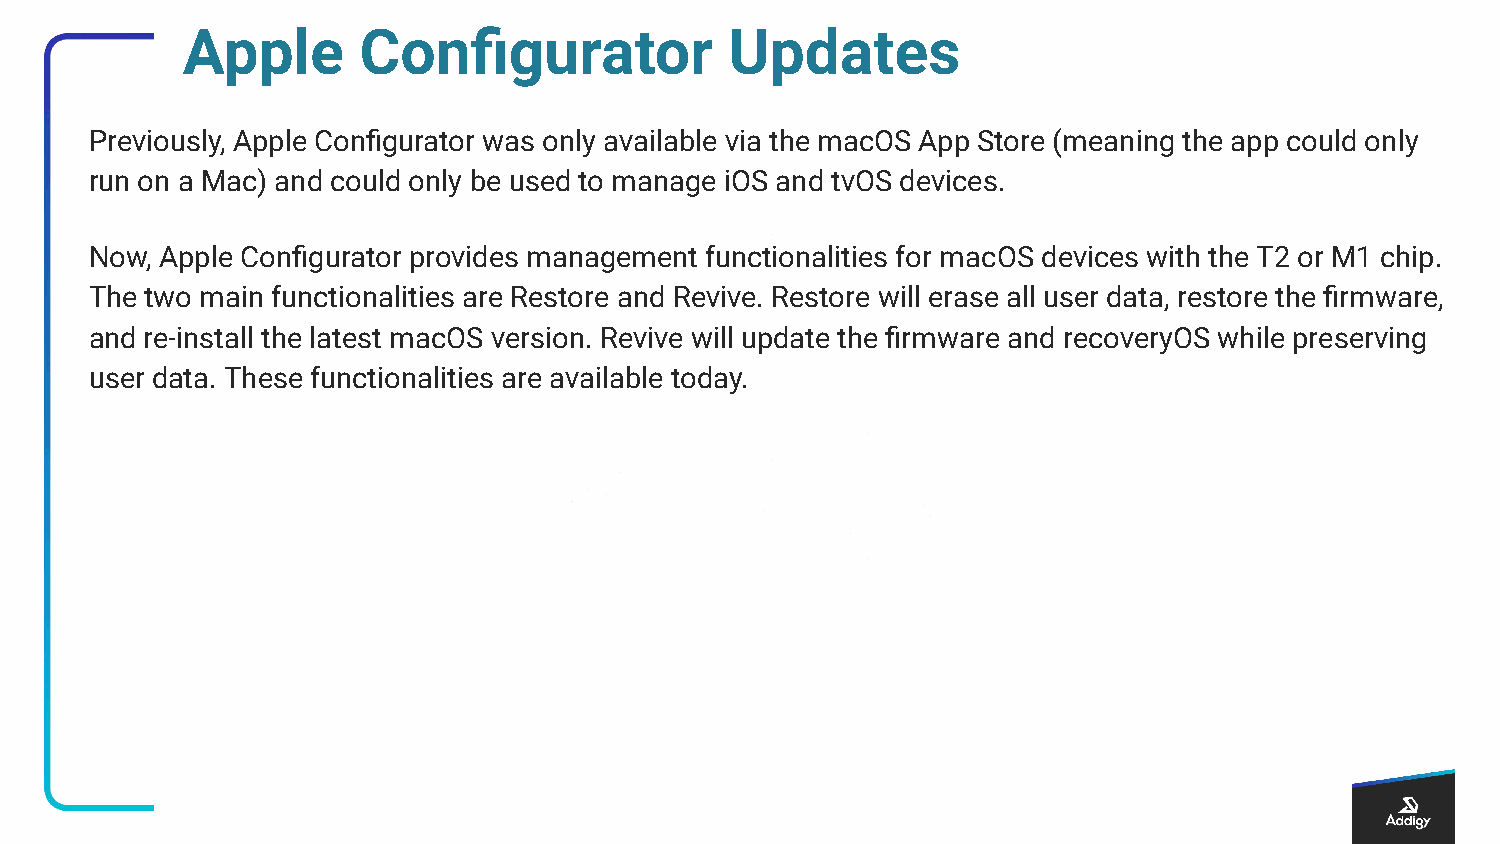
Apple       Configurator            Updates
 Previously, Apple Configurator was only available via the macOS App Store (meaning the app could only
 run on a Mac) and could only be used to manage iOS and tvOS devices.
 Now, Apple Configurator provides management functionalities for macOS devices with the T2 or M1 chip.
 The two main functionalities are Restore and Revive. Restore will erase all user data, restore the firmware,
 and re-install the latest macOS version. Revive will update the firmware and recoveryOS while preserving
 user data. These functionalities are available today.